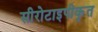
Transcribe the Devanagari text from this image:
सीरोटाइपीकृत